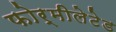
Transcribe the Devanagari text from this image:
फोर्मीलेटेड